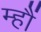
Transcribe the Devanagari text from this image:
म्हौं